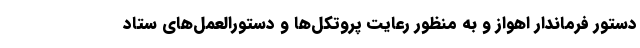
دستور فرماندار اهواز و به منظور رعایت پروتکل‌ها و دستورالعمل‌های ستاد